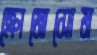
ক্রোমোসোম